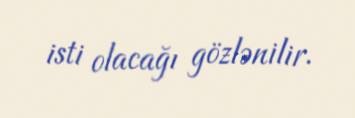
isti olacağı gözlənilir.